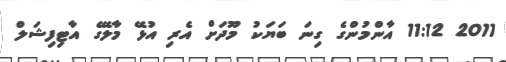
2011 11:12 އާންމުންގެ ގިނަ ބަޔަކު މޫދަށް އެރި އުޅޭ މާލޭގެ އާޓިފިޝަލް